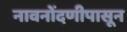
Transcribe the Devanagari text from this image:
नावनोंदणीपासून